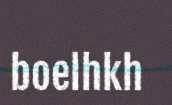
boelhkh